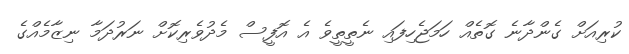
ކުރިއަށް ގެންދާނެ ގޮތެއް ހަމަޖެހިފައި ނެތީތީވެ އެ އޮފީސް މެދުވެރިކޮށް ނަރުދަމާ ނިޒާމެއްގެ